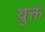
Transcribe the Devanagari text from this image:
य़ुक्त